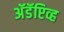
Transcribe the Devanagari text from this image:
अॅडॅप्टिव्ह